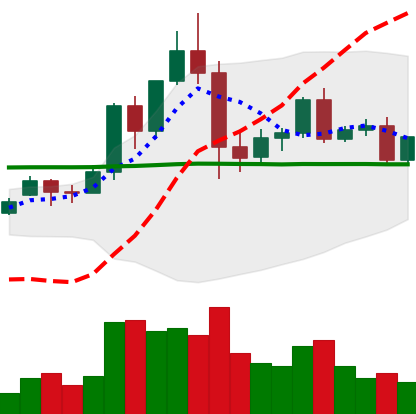
Ticker: EOS-USD
Chart end date: 2020-12-05
Forward return: -8.915%
Label: down_7plus